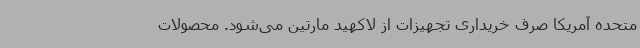
متحده آمریکا صرف خریداری تجهیزات از لاکهید مارتین می‌شود. محصولات